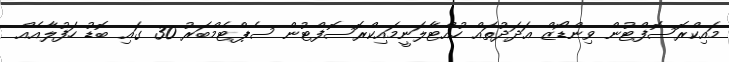
މައިކްރޮސޮފްޓުން ވިންޑޯޒް އަދަދުތައް ހުއްޓާލަނީމައިކްރޮސޮފްޓުން ސެޕްޓެމްބަރު 30 ގައި ބޮޑު ހަފުލާއެއް